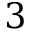
3